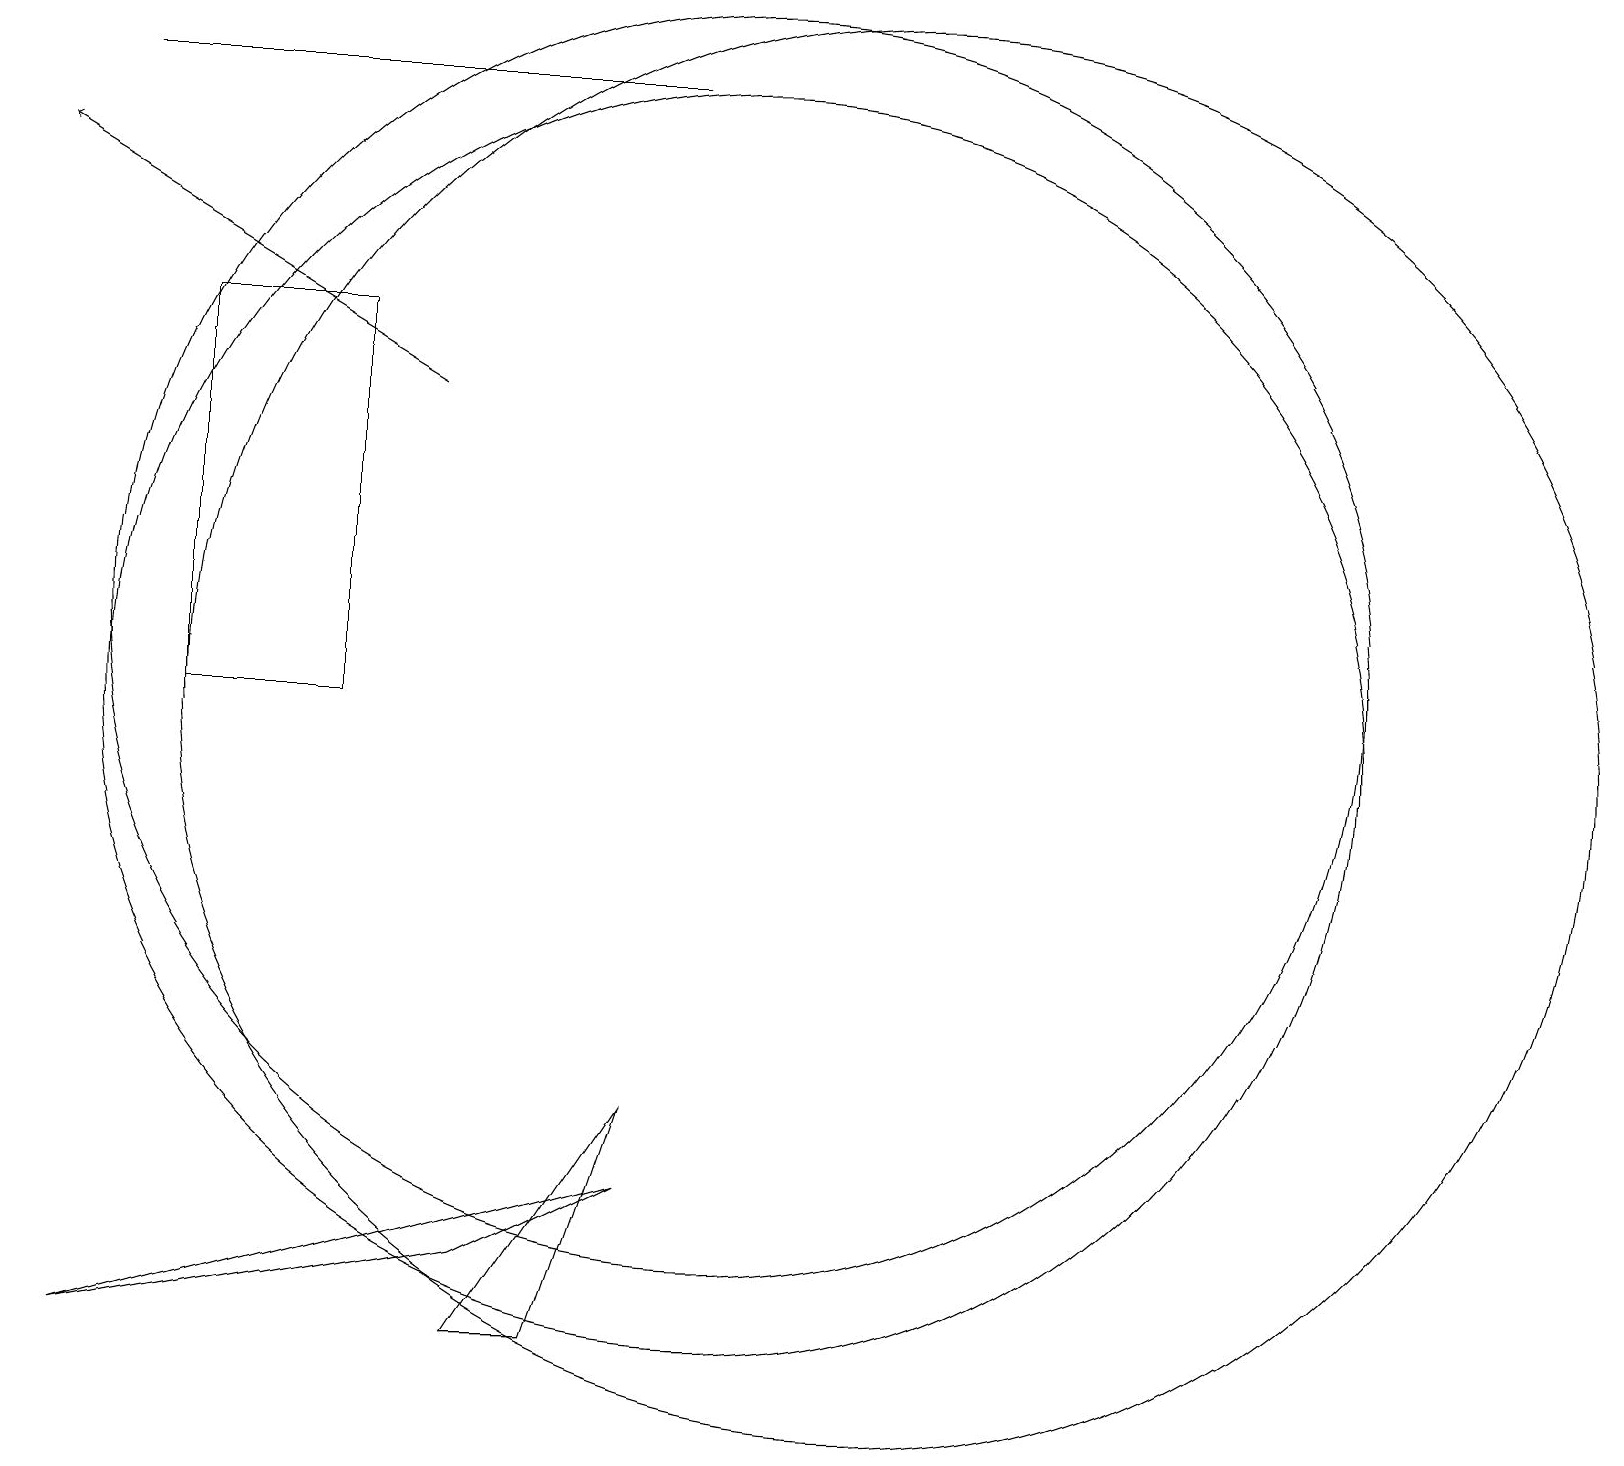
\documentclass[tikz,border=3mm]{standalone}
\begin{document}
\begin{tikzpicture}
\draw (5,15) rectangle (3,10);
\draw (10,10) circle (8);
\draw (9,5) -- (7,2) -- (8,2) -- cycle;
\draw (2,18) rectangle (9,18);
\draw (2,2) -- (9,4) -- (7,3) -- cycle;
\draw (12,10) circle (9);
\draw[->] (6,14) -- (1,17);
\draw (10,11) circle (8);
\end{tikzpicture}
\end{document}